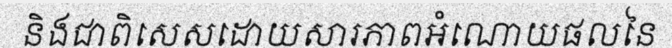
និងជាពិសេសដោយសារភាពអំណោយផលនៃ